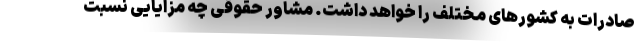
صادرات به کشورهای مختلف را خواهد داشت. مشاور حقوقی چه مزایایی نسبت